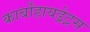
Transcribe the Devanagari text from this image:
कार्बोहायड्रेट्रस